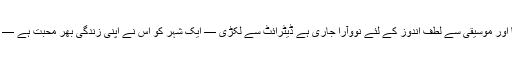
سال بھر میں جب موقع خریداری کے لئے دوبارہ حاصل کر لیا اور موسیقی سے لطف اندوز کے لئے نووآرا جاری ہے ڈیٹرائٹ سے لکڑی — ایک شہر کو اس نے اپنی زندگی بھر محبت ہے — وہ سب سے بہتر وہ کر سکے گٹار تعمیر کرنے کا فیصلہ کیا ۔